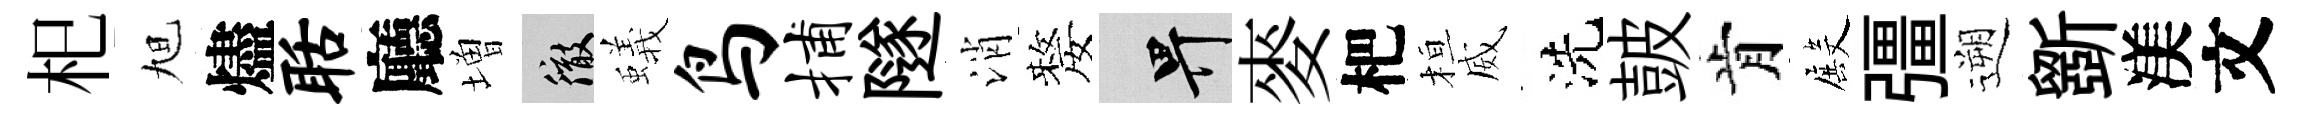
𣏌旭燼聒廳増徹蟻鸟捕隧消嫠畀麥杷桓威洗皷肯殿彊遡斵渼文